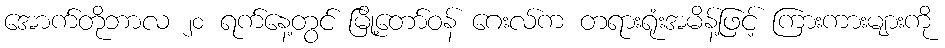
အောက်တိုဘာလ ၂၀ ရက်နေ့တွင် မြို့တော်ဝန် ဂေးလ်က တရားရုံးအမိန့်ဖြင့် ကြားကားများကို